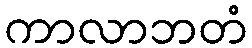
ကာလာဘတံ